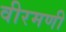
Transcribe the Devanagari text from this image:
वीरमणी